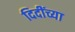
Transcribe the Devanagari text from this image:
दिदींच्या